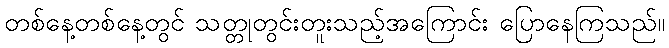
တစ်နေ့တစ်နေ့တွင် သတ္တုတွင်းတူးသည့်အကြောင်း ပြောနေကြသည်။